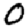
Digit: 0